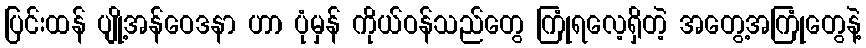
ပြင်းထန် ပျို့အန်ဝေဒနာ ဟာ ပုံမှန် ကိုယ်ဝန်သည်တွေ ကြုံရလေ့ရှိတဲ့ အတွေ့အကြုံတွေနဲ့